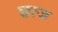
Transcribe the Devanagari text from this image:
छाज